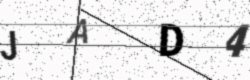
Text: JAD4